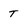
Character: T